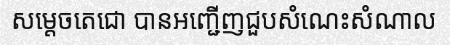
សម្តេចតេជោ បានអញ្ជើញជួបសំណេះសំណាល